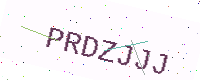
Text: PRDZJJJ